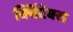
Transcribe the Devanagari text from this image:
क्विंटेक्स